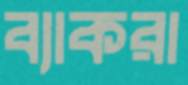
ব্যাকরা